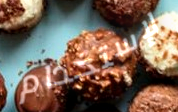
لإستخدام